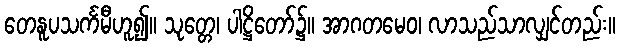
တေနူပသင်္ကမီဟူ၍။ သုတ္တေ၊ ပါဋ္ဌိတော်၌။ အာဂတမေဝ၊ လာသည်သာလျှင်တည်း။